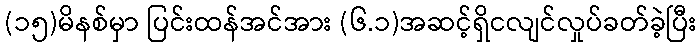
(၁၅)မိနစ်မှာ ပြင်းထန်အင်အား (၆.၁)အဆင့်ရှိငလျင်လှုပ်ခတ်ခဲ့ပြီး